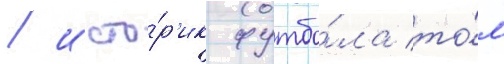
/ исто́р'ик футбо́ла то́м